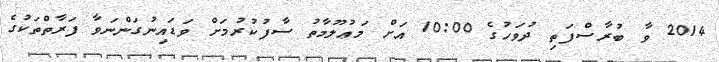
2014 ވާ ބުރާސްފަތި ދުވަހުގެ 10:00 އަށް މަޢުލޫމާތު ސާފުކުރުމަށް ވަޑައިނުގަންނަވާ ފަރާތްތަކުގެ